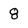
Character: 8